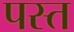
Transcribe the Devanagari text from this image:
पस्‍त